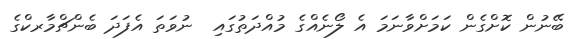
ބޭނުން ކޮށްގެން ކަމަށްވާނަމަ އެ ލޯނެއްގެ މުއްދަތުގައި  ނުވަތަ އެފަދަ ބެންޗްމާރކްގެ